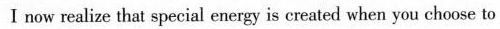
I now realize that special energy is created when you choose to